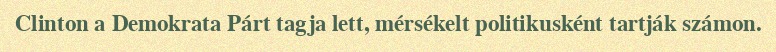
Clinton a Demokrata Párt tagja lett, mérsékelt politikusként tartják számon.